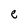
Character: e